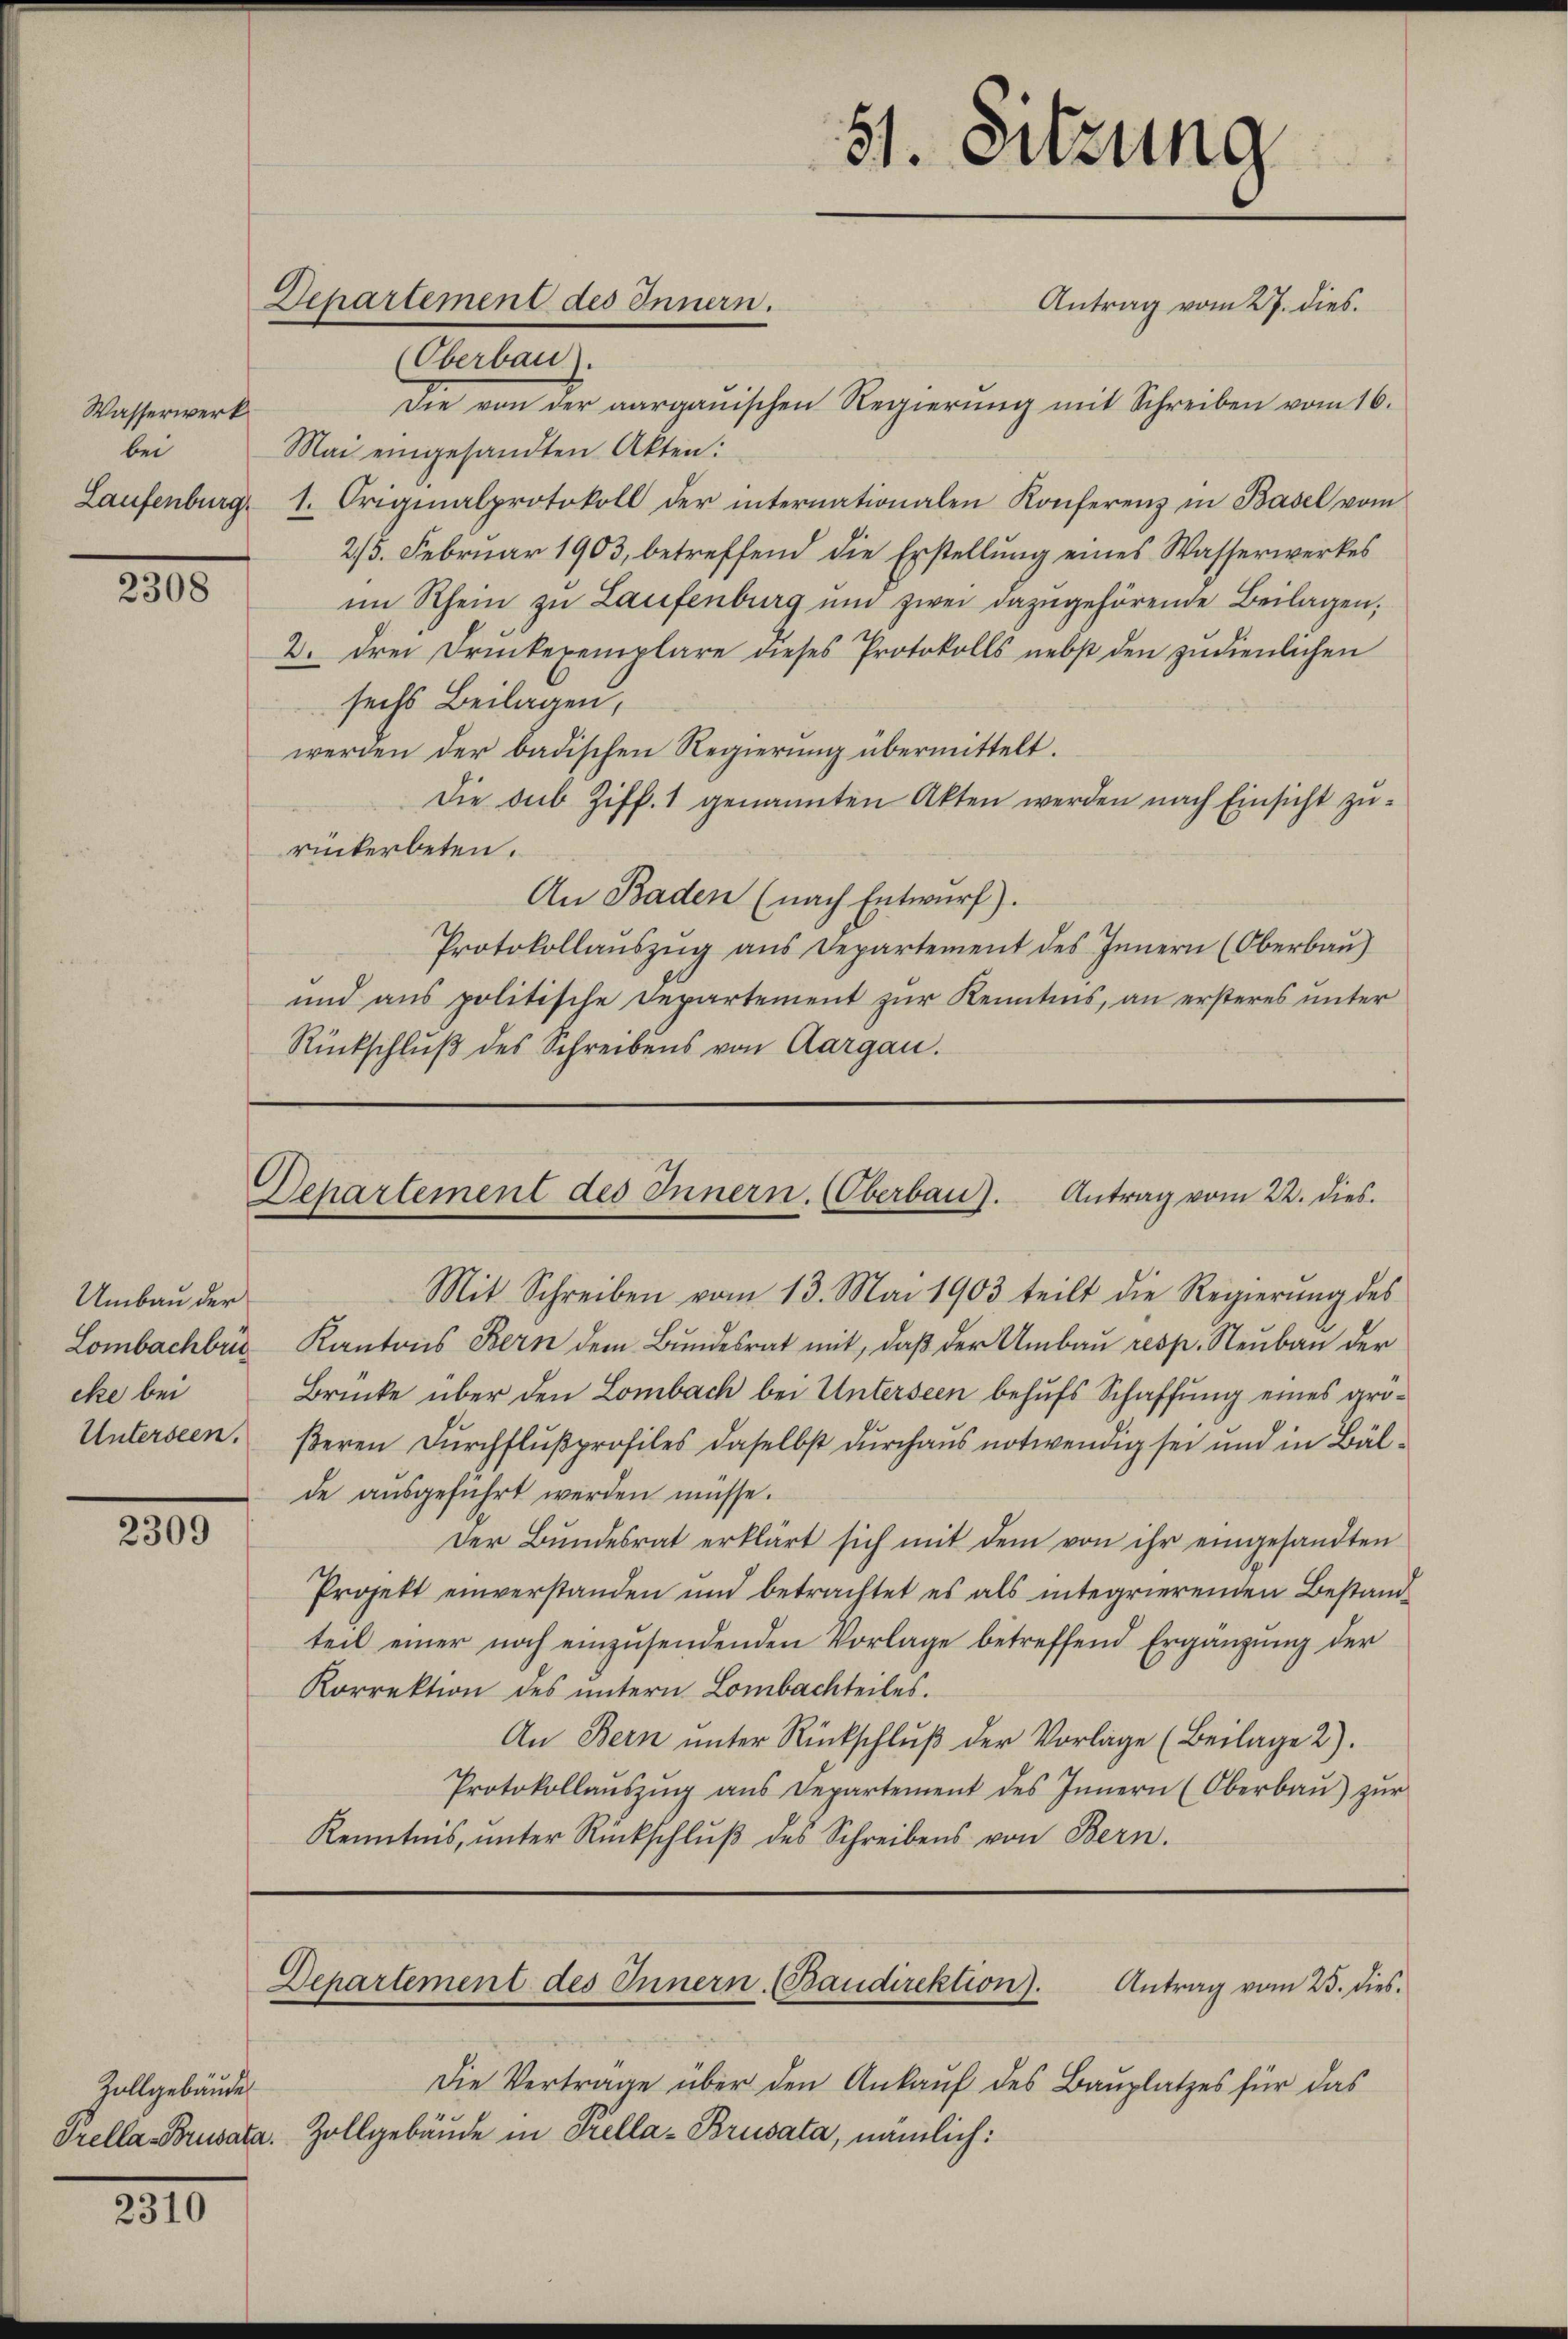
Wasserwerk.
bei

2308

Umbau der
Lombachbri
eke bei
Unterseen.

2309

Zollgebäude

2310

Departement des Innern.

Oberbau).
Die von der aargauischen Regierŭng mit Schreiben vom 16.
Mai eingesandten Akten:
Laufenburg 1. Originalprotokoll der internationalen Konferenz in Basel vom
2/5. Februar 1903, betreffend die Erstellung eines Wasserwerkes
im Rhein zu Laufenburg und zwei dazugehörende Beilagen;
2. drei Druckexemplare dieses Protokolls nebst den zudienlichen
sechs Beilagen,
werden der badischen Regierung übermittelt.
Die sub Ziff. 1 genannten Akten werden nach Einsicht zuruckerbeten.
An Baden (nach Entwurf).
Protokollaŭszŭg ans Departement des Innern (Oberbau)
und aus politische Departement zur Kenntnis, an ersteres unter
Rückschluß des Schreibens von Aargau.

51. Sitzung
Antrag vom 27. dies

Separtement des Innern. (Oberbau). Antrag vom 22. dies.

Departement des Innern. (Baudirektion).
Antrag vom 25. dies

Mit Schreiben vom 13. Mai 1903 teilt die Regierung des
Kantons Bern dem Bundesrat mit, daß der Umbau resp. Neubau der
Brücke über den Lombach bei Unterseen behufs Schaffung eines größeren Durchflußprofiles daselbst durchaus notwendig sei und in Bälde ausgeführt werden müsse.
Der Bŭndesrat erklärt sich mit dem von ihr eingesandten
Projekt einverstanden und betrachtet es als integrierenden Bestand
teil einer noch einzŭsendenden Vorlage betreffend Ergänzung der
Korrektion des untern Lombachteiles.
An Bern ŭnter Rückschlŭβ der Vorlage (Beilage 2).
Protokollaŭszŭg ans Departement des Innern (Oberbaŭ) zŭr
Kenntnis, unter Rückschlŭβ des Schreibens von Bern.

Die Verträge über den Ankauf des Bauplatzes für das
Prella-Bruvata. Zollgebäude in Prella-Brusata, nämlich: